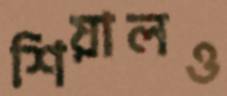
শিয়ালও